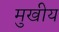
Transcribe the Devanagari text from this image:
मुखीय